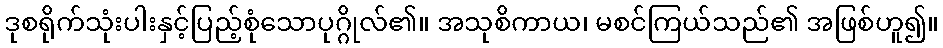
ဒုစရိုက်သုံးပါးနှင့်ပြည့်စုံသောပုဂ္ဂိုလ်၏။ အသုစိကာယ၊ မစင်ကြယ်သည်၏ အဖြစ်ဟူ၍။